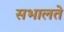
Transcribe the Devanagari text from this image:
सभालते